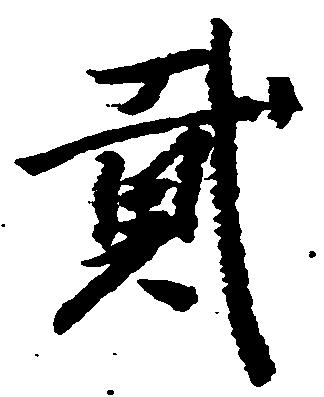
弐